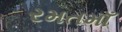
રમતમાઁ